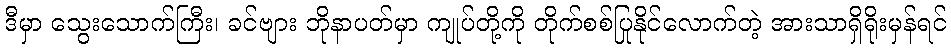
ဒီမှာ သွေးသောက်ကြီး၊ ခင်ဗျား ဘိုနာပတ်မှာ ကျုပ်တို့ကို တိုက်စစ်ပြုနိုင်လောက်တဲ့ အားသာရှိရိုးမှန်ရင်